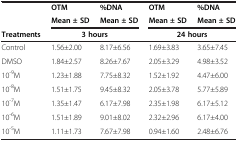
<table><thead><tr><td><b> </b></td><td><b>OTM</b></td><td><b>%DNA</b></td><td><b>OTM</b></td><td><b>%DNA</b></td></tr><tr><td><b> </b></td><td><b>Mean ± SD</b></td><td><b>Mean ± SD</b></td><td><b>Mean ± SD</b></td><td><b>Mean ± SD</b></td></tr><tr><td><b>Treatments</b></td><td><b>3 hours</b></td><td><b> </b></td><td><b>24 hours</b></td><td><b> </b></td></tr></thead><tbody><tr><td>Control</td><td>1.56±2.00</td><td>8.17±6.56</td><td>1.69±3.83</td><td>3.65±7.45</td></tr><tr><td>DMSO</td><td>1.84±2.57</td><td>8.26±7.67</td><td>2.05±3.29</td><td>4.98±3.52</td></tr><tr><td>10<sup>-9</sup>M</td><td>1.23±1.88</td><td>7.75±8.32</td><td>1.52±1.92</td><td>4.47±6.00</td></tr><tr><td>10<sup>-8</sup>M</td><td>1.51±1.75</td><td>9.45±8.32</td><td>2.05±3.78</td><td>5.77±5.89</td></tr><tr><td>10<sup>-7</sup>M</td><td>1.35±1.47</td><td>6.17±7.98</td><td>2.35±1.98</td><td>6.17±5.12</td></tr><tr><td>10<sup>-6</sup>M</td><td>1.51±1.89</td><td>9.01±8.02</td><td>2.32±2.96</td><td>6.17±4.00</td></tr><tr><td>10<sup>-5</sup>M</td><td>1.11±1.73</td><td>7.67±7.98</td><td>0.94±1.60</td><td>2.48±6.76</td></tr></tbody></table>